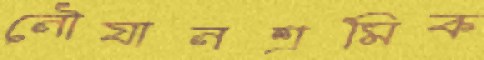
নৌযানশ্রমিক